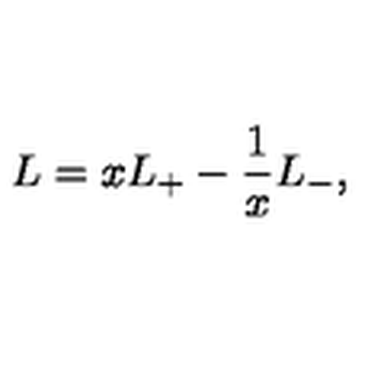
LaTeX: L = x L _ { + } - \frac { 1 } { x } L _ { - } ,